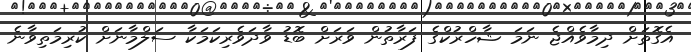
އެގޮތަށް ދިމާވެއްޖެ ނަމަ ޝާހްރުކްގެ ފަރާތުން ވަރަށް ބޮޑު ވާދަވެރިކަމަކާ ސަލްމާނަށް ކުރިމަތިވާނެ